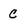
Character: c